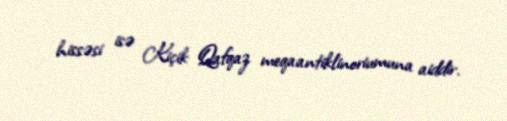
hissəsi isə Kiçik Qafqaz meqaantiklinoriumuna aiddir.